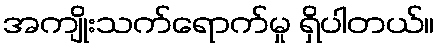
အကျိုးသက်ရောက်မှု ရှိပါတယ်။